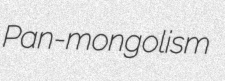
Pan-mongolism